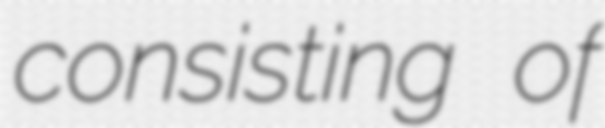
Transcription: consisting of